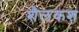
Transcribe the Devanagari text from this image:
शैलकश